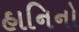
હાનિનો